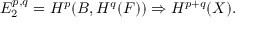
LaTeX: E _ { 2 } ^ { p , q } = H ^ { p } ( B , H ^ { q } ( F ) ) \Rightarrow H ^ { p + q } ( X ) .